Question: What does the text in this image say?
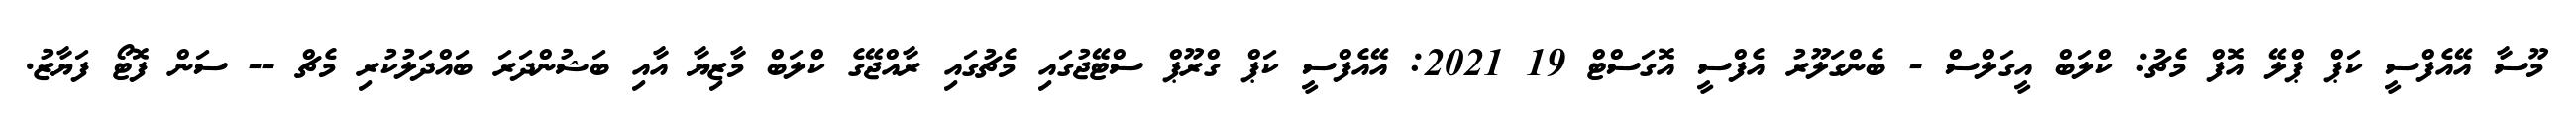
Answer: މޫސާ އޭއެފްސީ ކަޕް ޕްލޭ އޮފް މެޗު: ކްލަބް އީގަލްސް - ބެންގަލޫރު އެފްސީ އޮގަސްޓް 19 2021: އޭއެފްސީ ކަޕް ގްރޫޕް ސްޓޭޖުގައި މެޗުގައި ރާއްޖޭގެ ކްލަބް މާޒިޔާ އާއި ބަޝުންދަރަ ބައްދަލުކުރި މެޗް -- ސަން ފޮޓޯ ފަޔާޒު.